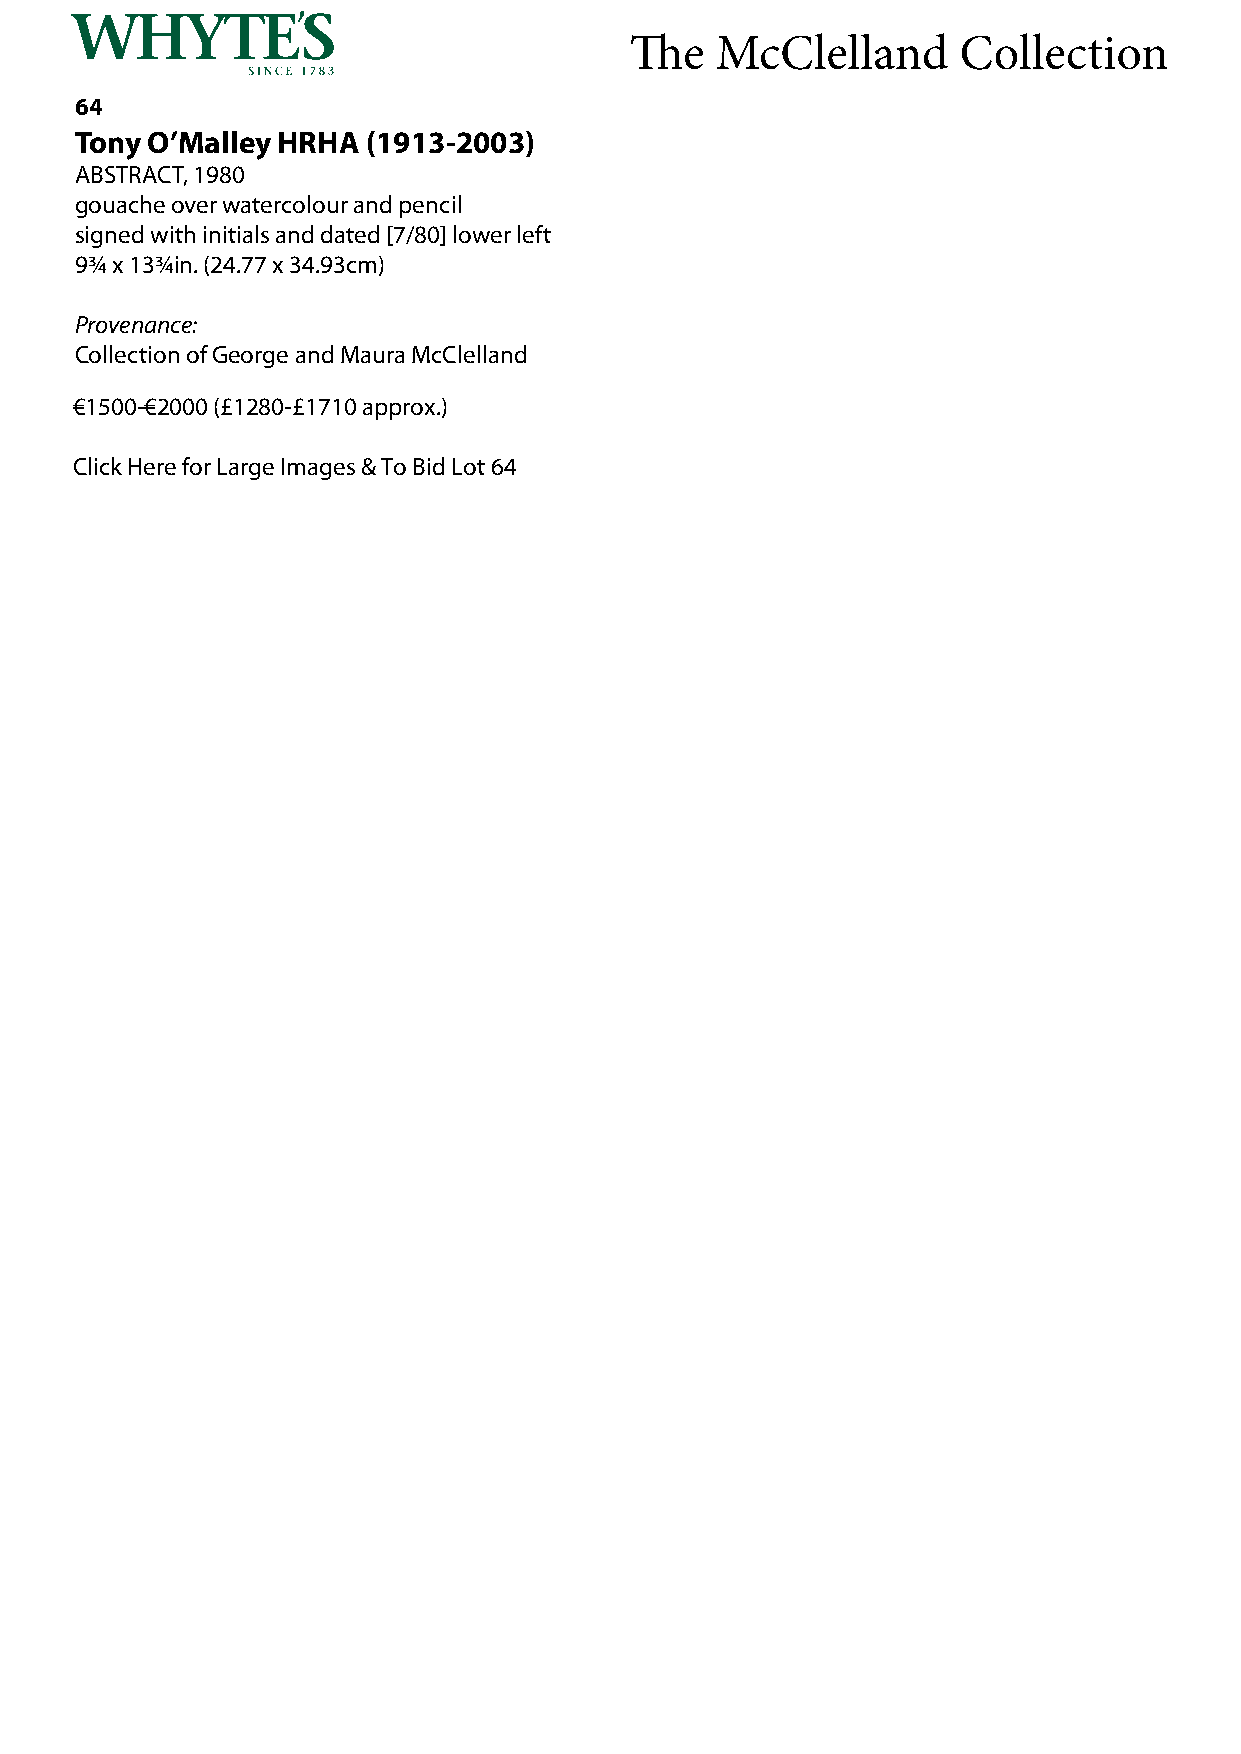
The  McClelland      Collection
 64
 Tony O’Malley HRHA (1913-2003)
 ABSTRACT, 1980
 gouache over watercolour and pencil
 signed with initials and dated [7/80] lower left
 9¾ x 13¾in. (24.77 x 34.93cm)
 Provenance:
 Collection of George and Maura McClelland
 €1500-€2000 (£1280-£1710 approx.)
 Click Here for Large Images & To Bid Lot 64